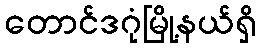
တောင်ဒဂုံမြို့နယ်ရှိ